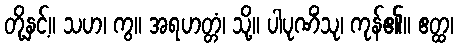
တို့နှင့်။ သဟ၊ ကွ။ အရဟတ္တံ၊ သို့။ ပါပုဏိံသု၊ ကုန်၏။ ဧတ္ထ၊